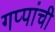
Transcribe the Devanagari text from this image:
गप्पांची